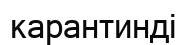
карантинді